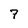
Character: 7